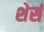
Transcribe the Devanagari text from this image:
शेर्स